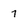
Character: 7